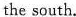
the south.